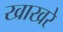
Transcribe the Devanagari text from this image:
खाखरे